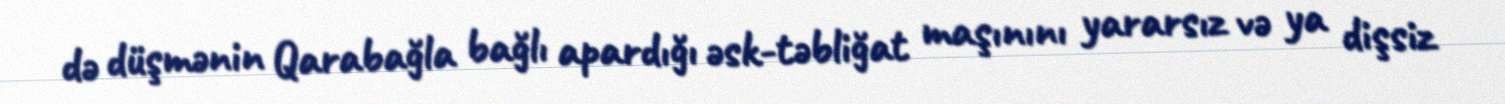
də düşmənin Qarabağla bağlı apardığı əsk-təbliğat maşınını yararsız və ya dişsiz